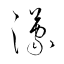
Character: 濛